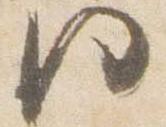
門